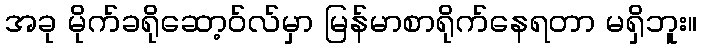
အခု မိုက်ခရိုဆော့ဝ်လ်မှာ မြန်မာစာရိုက်နေရတာ မရှိဘူး။